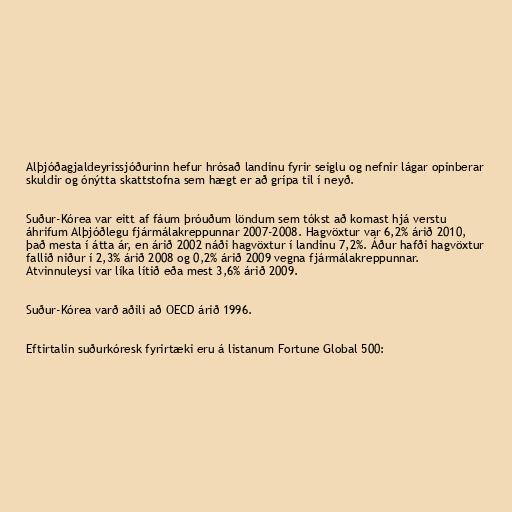
Alþjóðagjaldeyrissjóðurinn hefur hrósað landinu fyrir seiglu og nefnir lágar opinberar
skuldir og ónýtta skattstofna sem hægt er að grípa til í neyð.

Suður-Kórea var eitt af fáum þróuðum löndum sem tókst að komast hjá verstu
áhrifum Alþjóðlegu fjármálakreppunnar 2007-2008. Hagvöxtur var 6,2% árið 2010,
það mesta í átta ár, en árið 2002 náði hagvöxtur í landinu 7,2%. Áður hafði hagvöxtur
fallið niður í 2,3% árið 2008 og 0,2% árið 2009 vegna fjármálakreppunnar.
Atvinnuleysi var líka lítið eða mest 3,6% árið 2009.

Suður-Kórea varð aðili að OECD árið 1996.

Eftirtalin suðurkóresk fyrirtæki eru á listanum Fortune Global 500: